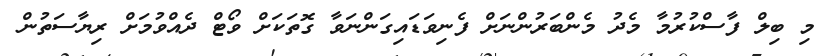
މި ބިލް ފާސްކުރުމާ މެދު މެންބަރުންނަށް ފެނިވަޑައިގަންނަވާ ގޮތަކަށް ވޯޓް ދެއްވުމަށް ރިޔާސަތުން